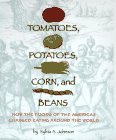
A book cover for Tomatoes, Potatoes, Corn, and Beans: How the Foods of the Americas Changed Eating Arou; Sylvia A. Johnson; Cookbooks, Food & Wine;